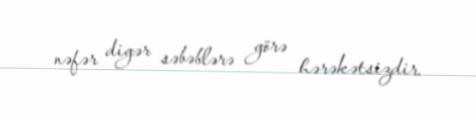
nəfər digər səbəblərə görə hərəkətsizdir.